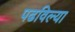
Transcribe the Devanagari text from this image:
पढविल्या